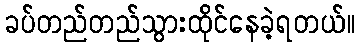
ခပ်တည်တည်သွားထိုင်နေခဲ့ရတယ်။